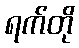
ရက်တို